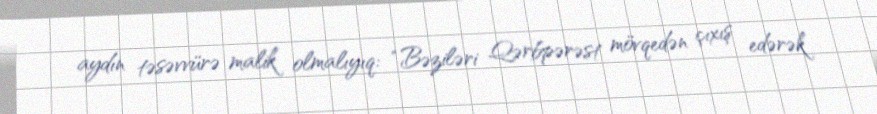
aydın təsəvvürə malik olmalıyıq: “Bəziləri Qərbpərəst mövqedən çıxış edərək